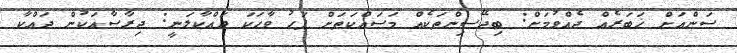
ސަންއަށް ޚަބަރެއް ދެއްވުމަށް: ބިދޭސިންތަކެއް މަސައްކަތަށް ފަހު ވާހަކަ ދައްކާލަނީ: ދިރާސާއަކުން ދައްކާ